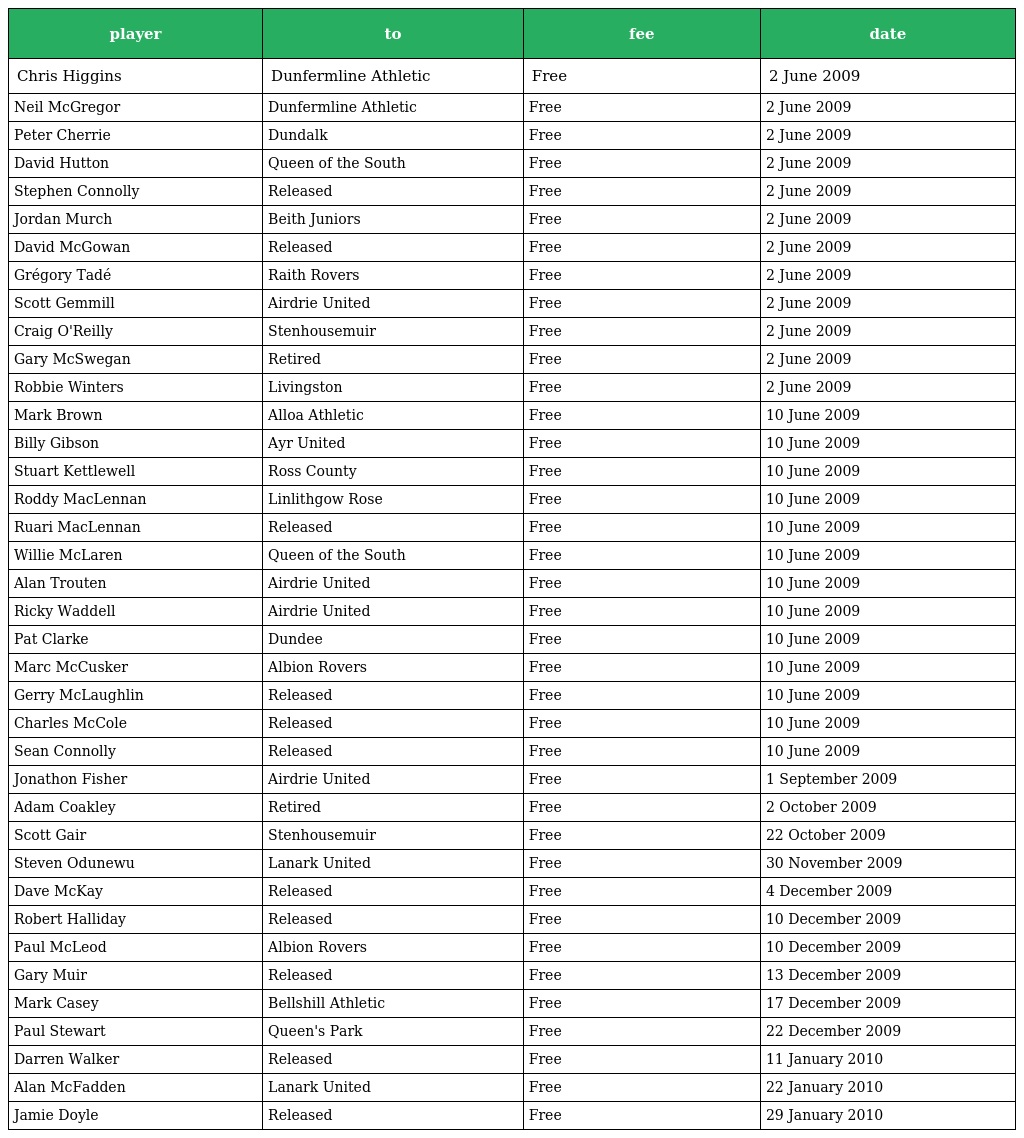
| player | to | fee | date |
 | --- | --- | --- | --- |
 | Chris Higgins | Dunfermline Athletic | Free | 2 June 2009 |
 | Neil McGregor | Dunfermline Athletic | Free | 2 June 2009 |
 | Peter Cherrie | Dundalk | Free | 2 June 2009 |
 | David Hutton | Queen of the South | Free | 2 June 2009 |
 | Stephen Connolly | Released | Free | 2 June 2009 |
 | Jordan Murch | Beith Juniors | Free | 2 June 2009 |
 | David McGowan | Released | Free | 2 June 2009 |
 | Grégory Tadé | Raith Rovers | Free | 2 June 2009 |
 | Scott Gemmill | Airdrie United | Free | 2 June 2009 |
 | Craig O'Reilly | Stenhousemuir | Free | 2 June 2009 |
 | Gary McSwegan | Retired | Free | 2 June 2009 |
 | Robbie Winters | Livingston | Free | 2 June 2009 |
 | Mark Brown | Alloa Athletic | Free | 10 June 2009 |
 | Billy Gibson | Ayr United | Free | 10 June 2009 |
 | Stuart Kettlewell | Ross County | Free | 10 June 2009 |
 | Roddy MacLennan | Linlithgow Rose | Free | 10 June 2009 |
 | Ruari MacLennan | Released | Free | 10 June 2009 |
 | Willie McLaren | Queen of the South | Free | 10 June 2009 |
 | Alan Trouten | Airdrie United | Free | 10 June 2009 |
 | Ricky Waddell | Airdrie United | Free | 10 June 2009 |
 | Pat Clarke | Dundee | Free | 10 June 2009 |
 | Marc McCusker | Albion Rovers | Free | 10 June 2009 |
 | Gerry McLaughlin | Released | Free | 10 June 2009 |
 | Charles McCole | Released | Free | 10 June 2009 |
 | Sean Connolly | Released | Free | 10 June 2009 |
 | Jonathon Fisher | Airdrie United | Free | 1 September 2009 |
 | Adam Coakley | Retired | Free | 2 October 2009 |
 | Scott Gair | Stenhousemuir | Free | 22 October 2009 |
 | Steven Odunewu | Lanark United | Free | 30 November 2009 |
 | Dave McKay | Released | Free | 4 December 2009 |
 | Robert Halliday | Released | Free | 10 December 2009 |
 | Paul McLeod | Albion Rovers | Free | 10 December 2009 |
 | Gary Muir | Released | Free | 13 December 2009 |
 | Mark Casey | Bellshill Athletic | Free | 17 December 2009 |
 | Paul Stewart | Queen's Park | Free | 22 December 2009 |
 | Darren Walker | Released | Free | 11 January 2010 |
 | Alan McFadden | Lanark United | Free | 22 January 2010 |
 | Jamie Doyle | Released | Free | 29 January 2010 |